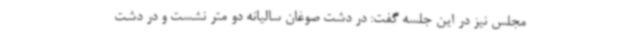
مجلس نیز در این جلسه گفت: در دشت صوغان سالیانه دو متر نشست و در دشت